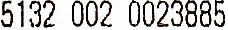
5132 002 0023885